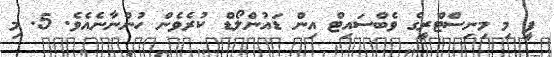
ފީ މި މިނިސްޓްރީގެ ވެބްސައިޓް އިން ޑައުންލޯޑް ކުރެވެން ހުންނާނެއެވެ. 5. މި